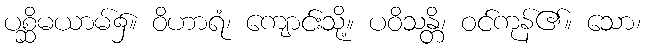
ပစ္ဆိမယာမ်၌။ ဝိဟာရံ၊ ကျောင်းသို့။ ပဝိသန္တိ၊ ဝင်ကုန်၏။ သော၊